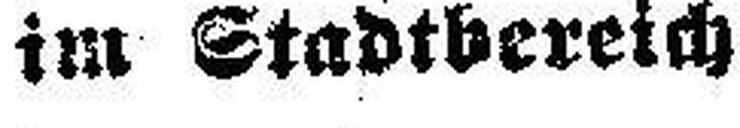
im Stadtbereich